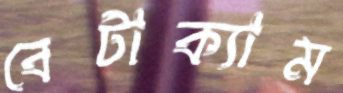
বেটাক্যাম